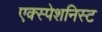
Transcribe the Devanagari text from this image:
एक्स्पेशनिस्ट